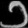
Digit: ၁